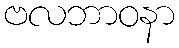
ဗလဘာဝနာ